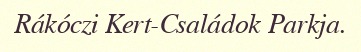
Rákóczi Kert-Családok Parkja.